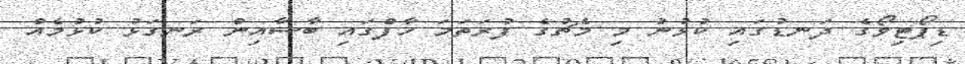
ޑިޕޯޓިވޯގެ ދަނޑުގައި ކުޅުނު މި މެޗުގެ ފުރަތަމަ ހާފްގައި ބާސާއިން ރަނގަޅު ކުޅުމެއް